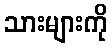
သားများကို